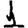
Digit: 1